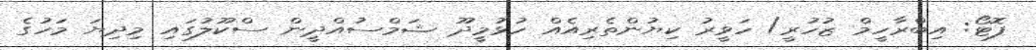
ފޮޓޯ: އިބްރާހީމް ޒުހުރީ/ ހަވީރު ކިޔުންތެރިއެއް ހުޅުމީދޫ ޝަމްސުއްދީން ސްކޫލުގައި މިދިޔަ މަހުގެ